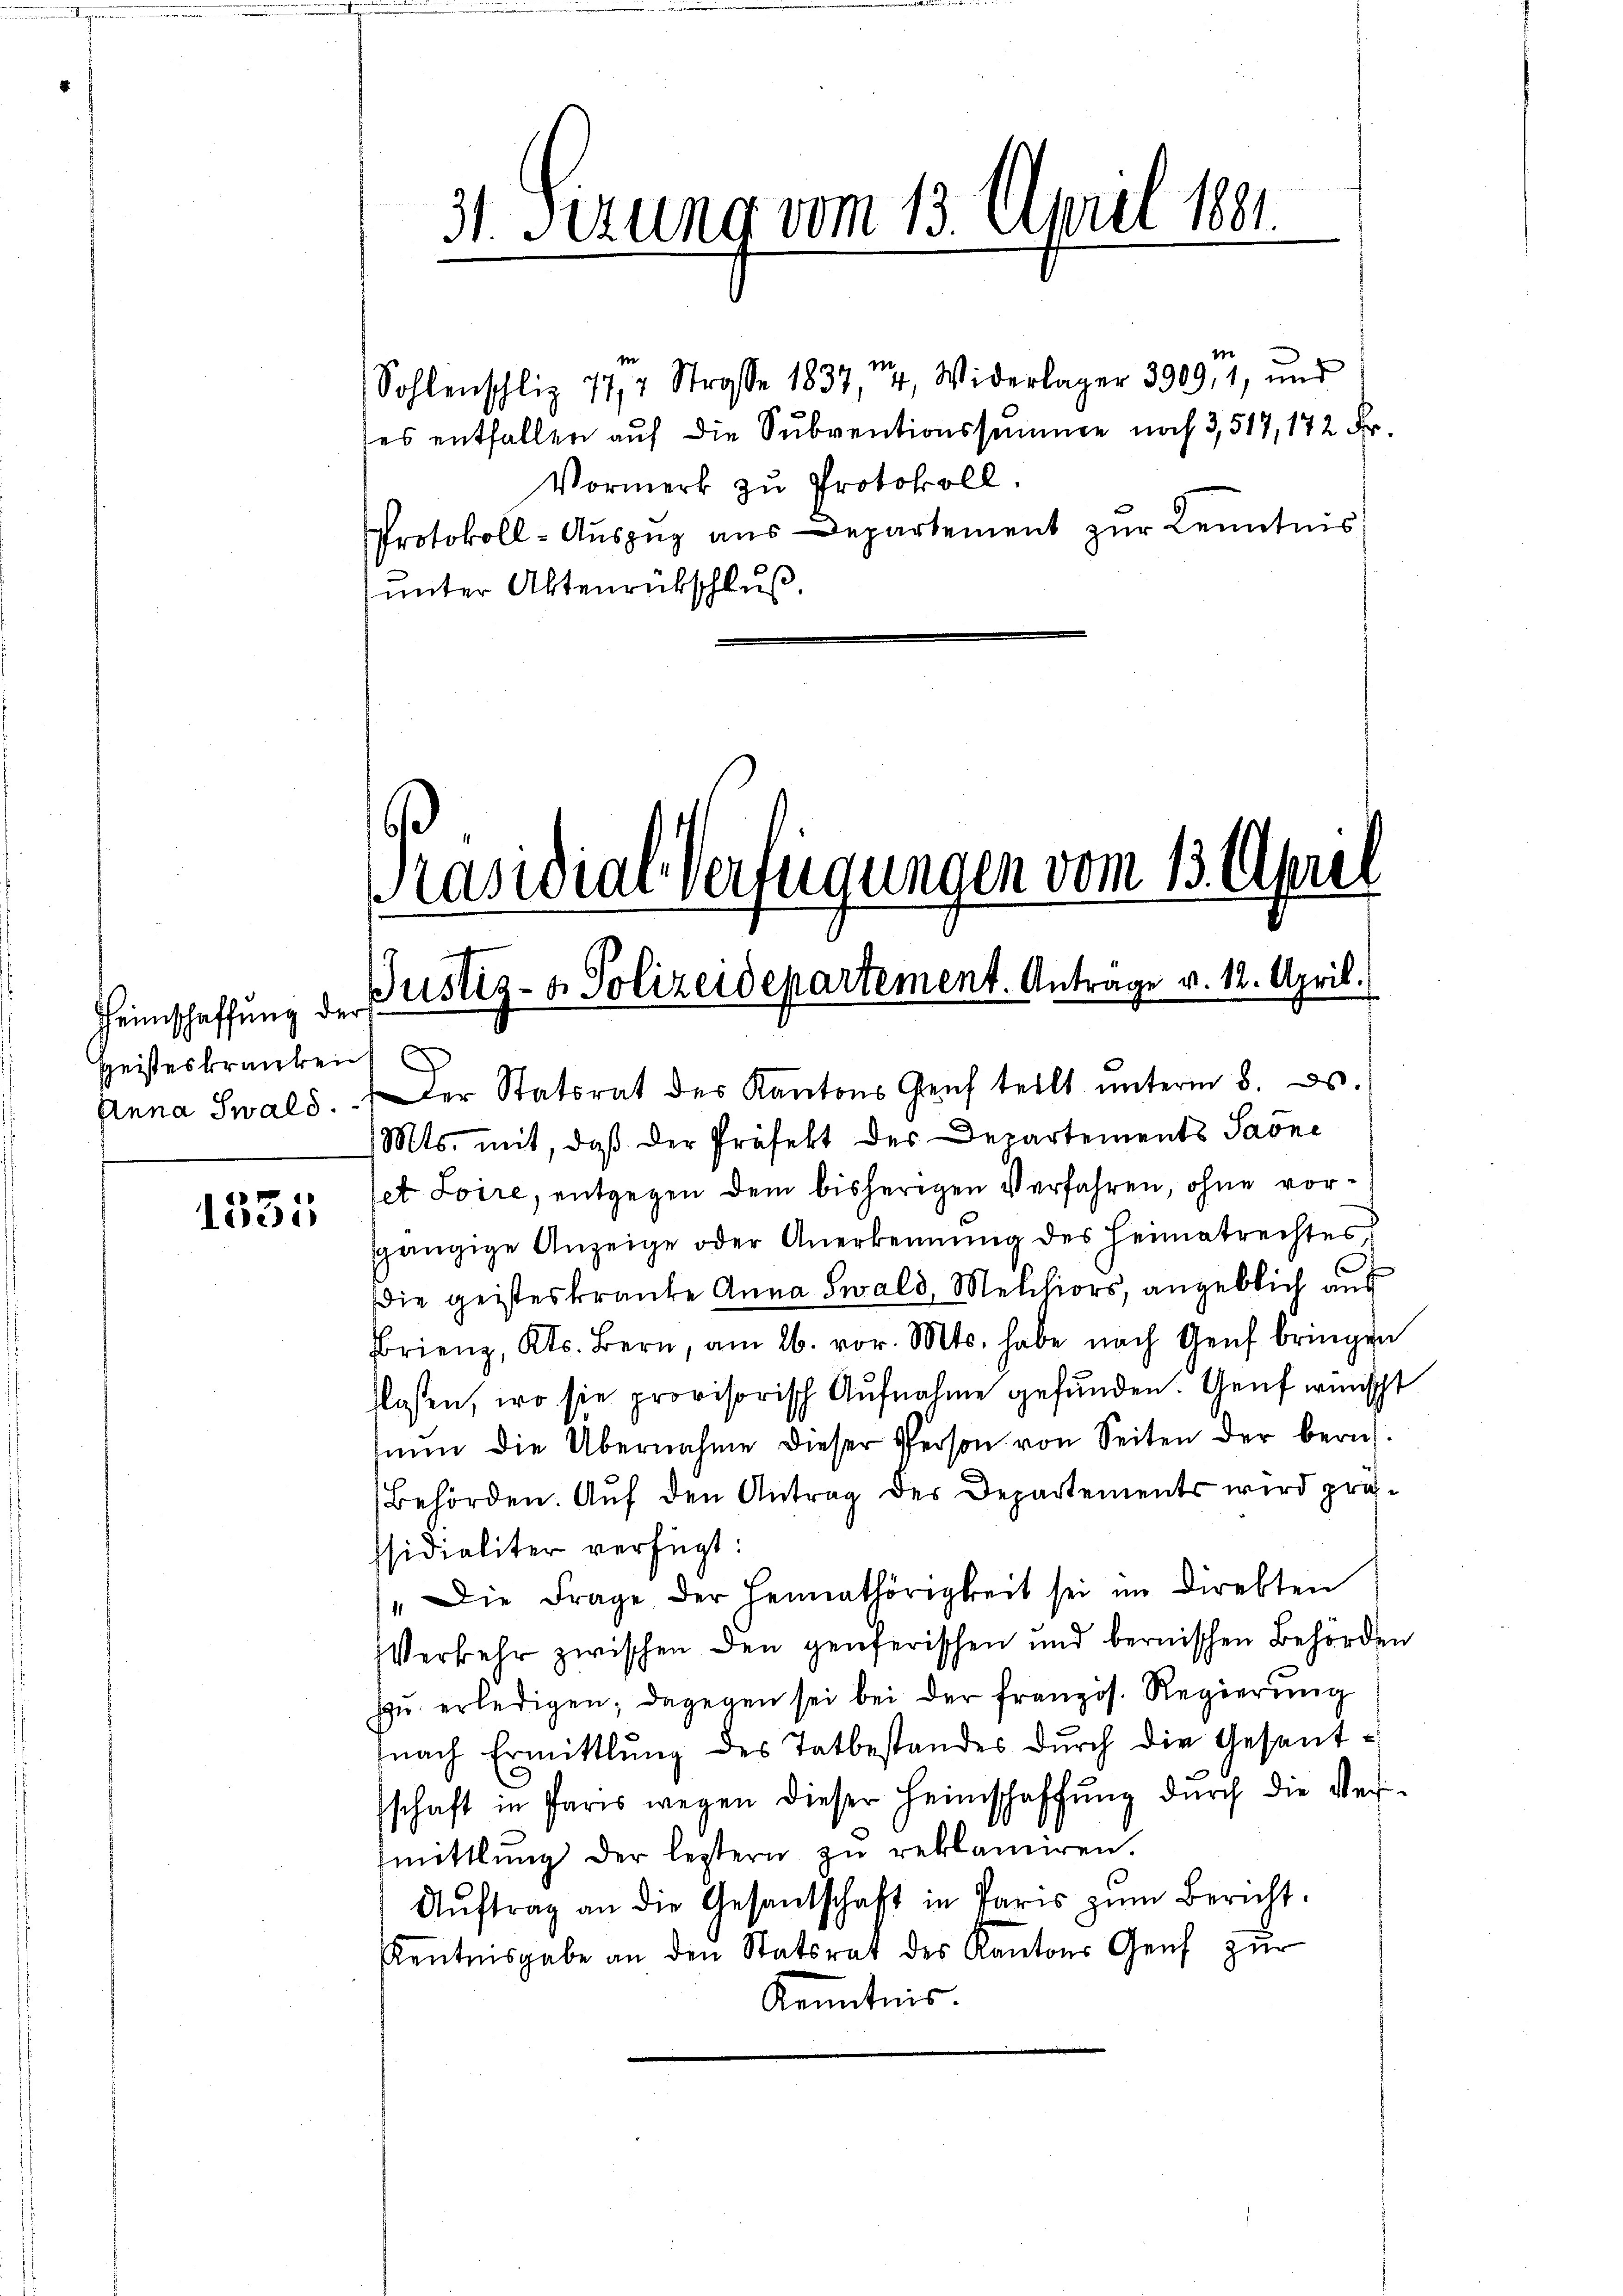
Heimschaffung der
geisteskranken
Anna Swald.

1335

i
Sohlenschliz 777 Straße 1837, 74, Widerlager 3909, 1, und
es entfallen aŭf die Sŭbventionssumme noch 3,517, 172 Fr.
Vormerk zu Protokoll.
Protokoll-Auszug aus Departement zur Kenntnis
unter Aktenrückschluß

31. Sizung vom 13. April 1881.

Präsidiar Verfügungen vom 13. April
n
Justiz- & Polizeidepartement. Antrage v. 12. April.

d
Der Statsrat des Kantons Genf teilt unterm 8. ds.
Mts. mit, daß der Präfekt des Departements Saöne
jet Soire, entgegen dem bisherigen Verfahren, ohne vorsgängige Anzeige oder Anerkennung des Heimatrechtes
die geisteskranke Anna Swald, Melchiors, angeblich aus
Brieng, Kts. Bern, am 26. vor. Mts. habe nach Genf bringen
flassen, wo sie provisorisch Aufnahme gefunden. Genf wünscht
nŭn die Übernahme dieser Person von Seiten der bern
Behörden. Auf den Antrag des Departements wird prüssidialiter verfügt:
"Die Frage der Heimathörigkeit sei im Direkten
Verkehr zwischen den genferischen und bernischen Behörden
zŭ erledigen; dagegen sei bei der französ. Regierung
nach Ermittlung des Tatbestandes dŭrch die Gesent-
schaft in Paris wegen dieser Heimschaffŭng durch die Ver-
mittlung der leztern zŭ reklamiren.
Aŭftrag an die Gesantschaft in Paris zŭm Bericht.
Kentnisgabe an den Statsrat des Kantons Genf zur
Kenntnis